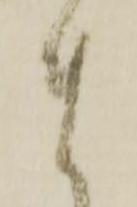
ま